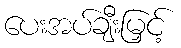
ပေးအပ်ချီးမြှင့်